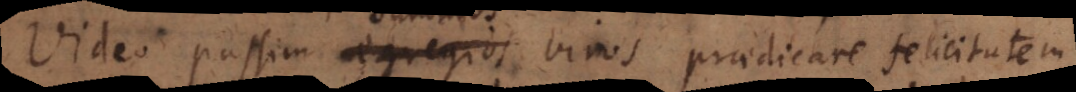
Video passim egregios viros praedicare felicitatem